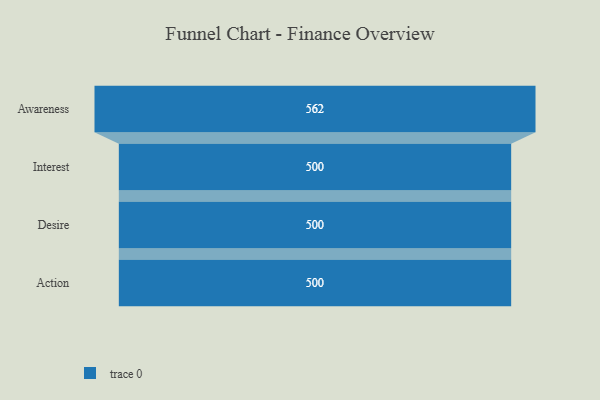
{"axis": {"x": "Stage", "y": "Value"}, "legend": [""], "data": [{"x": "Awareness", "y": 562.0, "type": ""}, {"x": "Interest", "y": 500, "type": ""}, {"x": "Desire", "y": 500, "type": ""}, {"x": "Action", "y": 500, "type": ""}]}